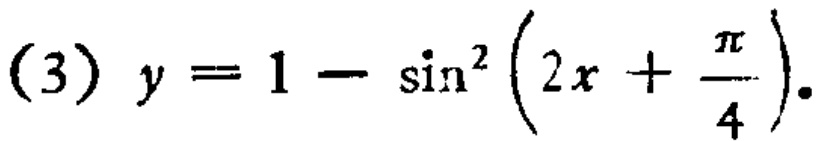
\((3)\) \(y = 1 - \sin^{2}\left(2x+\frac{\pi}{4}\right)\)